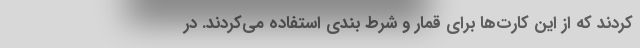
کردند که از این کارت‌ها برای قمار و شرط بندی استفاده می‌کردند. در